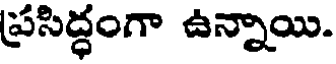
ప్రసిద్ధంగా ఉన్నాయి.